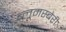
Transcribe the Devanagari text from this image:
ब्लूमस्बेरी